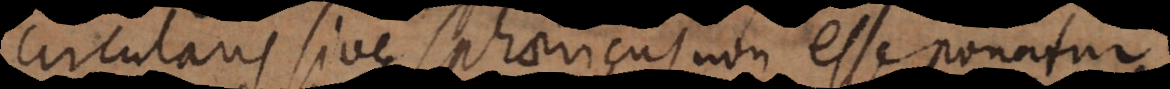
circularis sive sphaericus non esse ponatur.